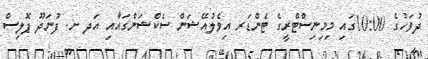
ދުވަހުގެ 10:00ގައި މިމިނިސްޓްރީގެ ޓެންޑަރ އިވެލުއޭޝަން ސެކްޝަންގައާއި އަދ ށ. ފުނަދޫ ޕޮލިސް